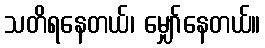
သတိရနေတယ်၊ မျှော်နေတယ်။